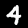
Label: 4